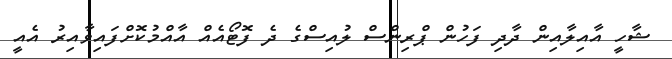
ޝާހީ އާއިލާއިން ދާދި ފަހުން ޕްރިންސް ލުއިސްގެ ދެ ފޮޓޯއެއް އާއްމުކޮށްފައިވާއިރު އެއީ